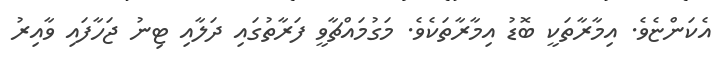
އެކަންޏެވެ. އިމާރާތަކީ ބޮޑު އިމާރާތަކެވެ. މަގުމައްޗާވީ ފަރާތުގައި ދަލާއި ޓިނު ޖަހާފައި ވާއިރު